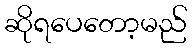
ဆိုရပေတော့မည်